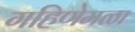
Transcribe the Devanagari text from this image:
गहिणेमळा